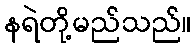
နရဲတို့မည်သည်။